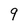
Character: 9